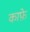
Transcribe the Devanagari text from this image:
काफ़े